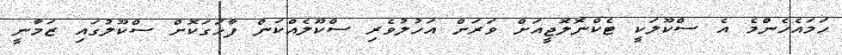
ހަމައެހެންމެ އެ ސްކޫލަކީ ޓެކްނޮލޮޖީއަށް ވަރަށް އަހުުލުވެރި ސްކޫލެއްކަން ފާހަގަކޮށް ސްކޫލުގައި ޒަމާނީ